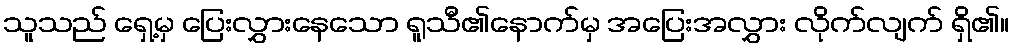
သူသည် ရှေ့မှ ပြေးလွှားနေသော ရူသီ၏နောက်မှ အပြေးအလွှား လိုက်လျက် ရှိ၏။